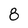
Character: 8